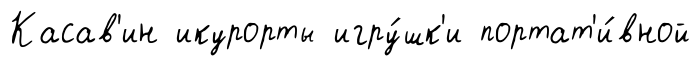
Касав'ин икурорты игру́шк'и портат'и́вной